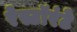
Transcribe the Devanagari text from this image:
रेस्टॉरंटे